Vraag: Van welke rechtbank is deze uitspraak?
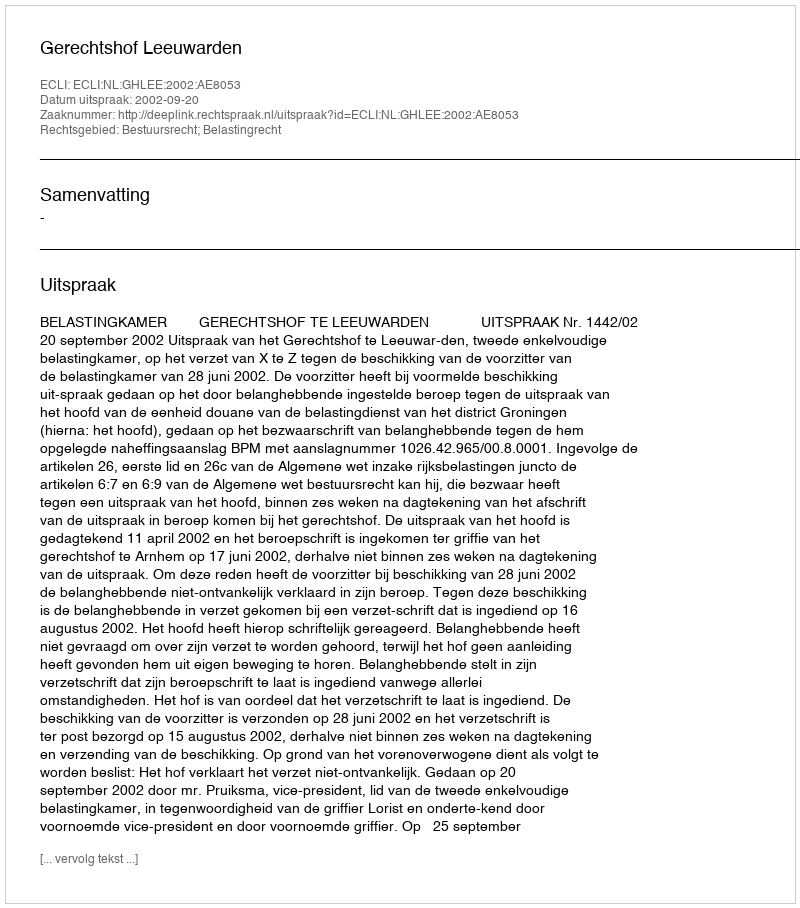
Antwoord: Gerechtshof Leeuwarden